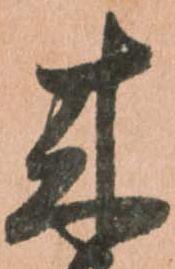
来